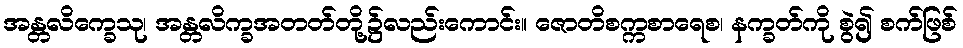
အန္တလိက္ခေသု၊ အန္တလိက္ခအတတ်တို့၌လည်းကောင်း။ ဇောတိစက္ကစာရေစ၊ နက္ခတ်ကို စွဲ၍ စက်ဖြစ်